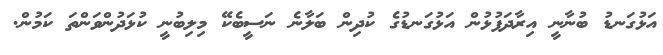
އަޅުގަނޑު ބުނާނީ އިރާދަފުޅުން އަޅުގަނޑުގެ ކުދިން ބަލާނެ ނަސީބެކޭ މިލިބުނީ ކުޅަދުންވަންތަ ކަމުން.